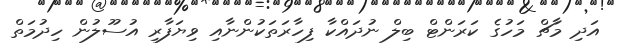
އަދި މާޗް މަހުގެ ކަރަންޓް ބިލް ނުދައްކާ ފިހާރަތަކުންނާއި ވިޔަފާރި އުސޫލުން ހިދުމަތް